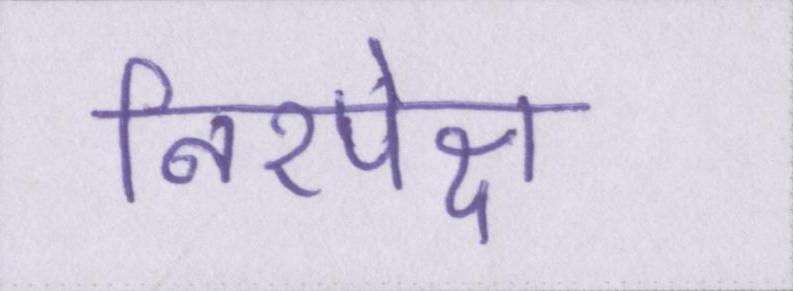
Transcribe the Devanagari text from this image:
निरपेक्ष